Civil Veterinary Department. Madras. Admin. report 1926-33 - 1926-1933
Year: 1926
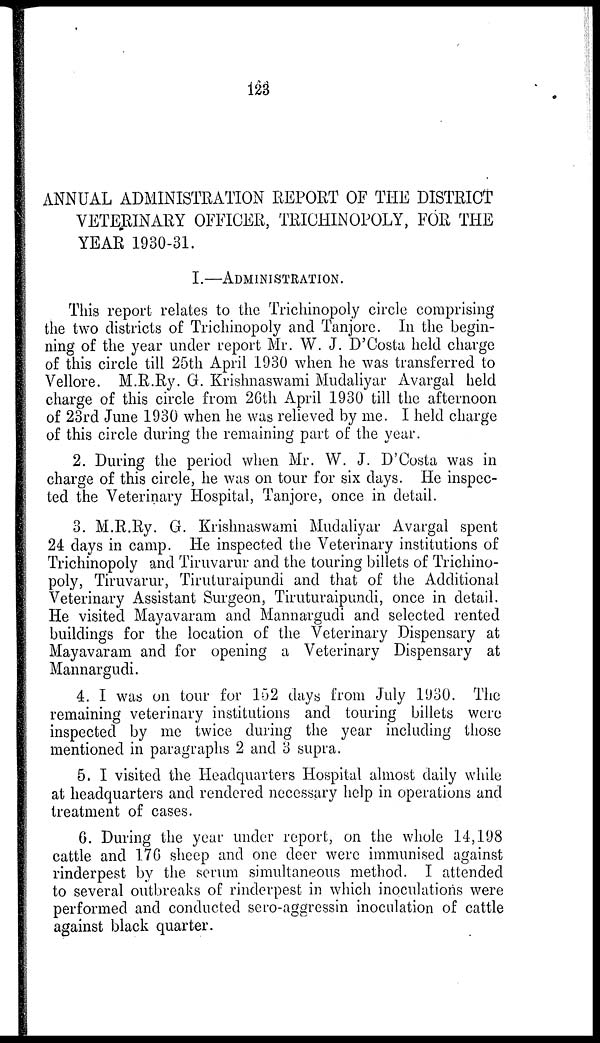
123
ANNUAL ADMINISTRATION REPORT OF THE DISTRICT
VETERINARY OFFICER, TRICHINOPOLY, FOR THE
YEAR 1930-31.
I.—ADMINISTRATION.
This report relates to the Trichinopoly circle comprising
the two districts of Trichinopoly and Tanjore. In the begin-
ning of the year under report Mr. W. J. D'Costa held charge
of this circle till 25th April 1930 when he was transferred to
Vellore. M.R.Ry. G. Krishnaswami Mudaliyar Avargal held
charge of this circle from 26th April 1930 till the afternoon
of 23rd June 1930 when he was relieved by me. I held charge
of this circle during the remaining part of the year.
2. During the period when Mr. W. J. D'Costa was in
charge of this circle, he was on tour for six days. He inspec-
ted the Veterinary Hospital, Tanjore, once in detail.
3. M.R.Ry. G. Krishnaswami Mudaliyar Avargal spent
24 days in camp. He inspected the Veterinary institutions of
Trichinopoly and Tiruvarur and the touring billets of Trichino-
poly, Tiruvarur, Tiruturaipundi and that of the Additional
Veterinary Assistant Surgeon, Tiruturaipundi, once in detail.
He visited Mayavaram and Mannargudi and selected rented
buildings for the location of the Veterinary Dispensary at
Mayavaram and for opening a Veterinary Dispensary at
Mannargudi.
4. I was on tour for 152 days from July 1930. The
remaining veterinary institutions and touring billets were
inspected by me twice during the year including those
mentioned in paragraphs 2 and 3 supra.
5. I visited the Headquarters Hospital almost daily while
at headquarters and rendered necessary help in operations and
treatment of cases.
6. During the year under report, on the whole 14,198
cattle and 176 sheep and one deer were immunised against
rinderpest by the serum simultaneous method. I attended
to several outbreaks of rinderpest in which inoculations were
performed and conducted sero-aggressin inoculation of cattle
against black quarter.